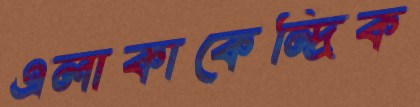
এলাকাকেন্দ্রিক